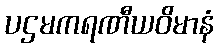
ပဌမကရဏီယဝိမာနံ